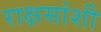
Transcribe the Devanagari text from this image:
राक्षसांशी